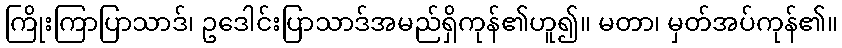
ကြိုးကြာပြာသာဒ်၊ ဥဒေါင်းပြာသာဒ်အမည်ရှိကုန်၏ဟူ၍။ မတာ၊ မှတ်အပ်ကုန်၏။